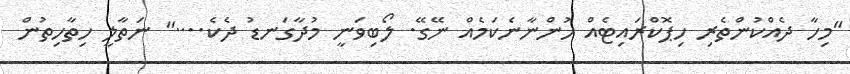
"މިހާ ދެއްކުންތެރި ހިޕޮކްރައިޓެއް ހުންނާނެކަމެއް ނޭގޭ. ލޯބިވަނީ މުދާގަނޑު ދެކެ...." ނަތާލީ ހިތާހިތުން